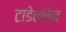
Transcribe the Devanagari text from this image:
टाडेलबेन